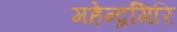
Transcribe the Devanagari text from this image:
महेन्द्रगिरि